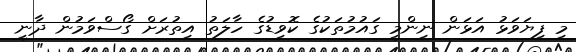
މި ފިޔަވަޅު އަޅަން ނިންމީ ގައުމުތަކުގެ ކޮވިޑުގެ ހާލަތު އިތުރަށް ގޯސްވަމުން ދާނީ